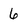
Character: 6